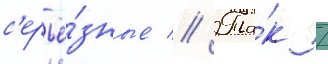
с'ерьё́зные // Та́к /